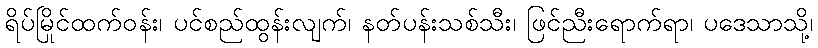
ရိပ်မြိုင်ထက်ဝန်း၊ ပင်စည်ထွန်းလျက်၊ နတ်ပန်းသစ်သီး၊ ဖြင်ညီးရောက်ရာ၊ ပဒေသာသို့၊